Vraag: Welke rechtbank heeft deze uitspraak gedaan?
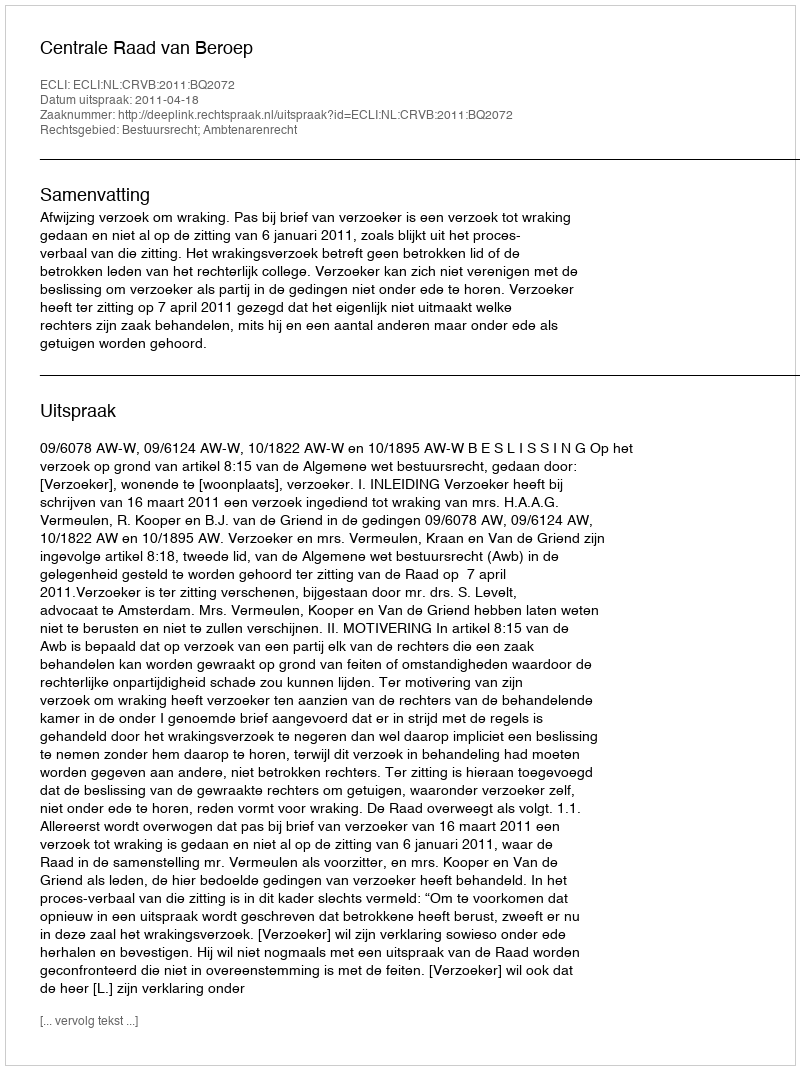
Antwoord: Centrale Raad van Beroep